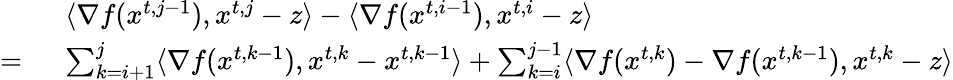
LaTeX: \begin{array}{rl}&{\langle\nabla f({x}^{t,j-1}),{x}^{t,j}-{z}\rangle-\langle\nabla f({x}^{t,i-1}),{x}^{t,i}-{z}\rangle}\\ {=\ }&{\sum_{k=i+1}^{j}\langle\nabla f({x}^{t,k-1}),{x}^{t,k}-{x}^{t,k-1}\rangle+\sum_{k=i}^{j-1}\langle\nabla f({x}^{t,k})-\nabla f({x}^{t,k-1}),{x}^{t,k}-{z}\rangle}\end{array}